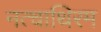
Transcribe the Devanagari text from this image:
नत्चाथिरम